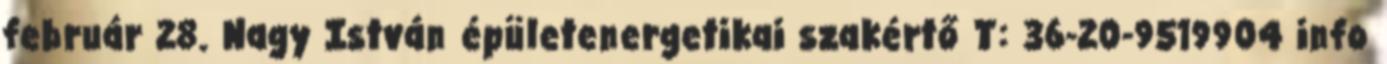
február 28. Nagy István épületenergetikai szakértő T: 36-20-9519904 info